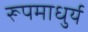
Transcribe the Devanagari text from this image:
रूपमाधुर्य